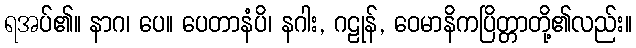
ရအပ်၏။ နာဂ၊ ပေ။ ပေတာနံပိ၊ နဂါး, ဂဠုန်, ဝေမာနိကပြိတ္တာတို့၏လည်း။